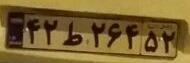
۴۲ط۲۶۴۵۲